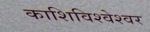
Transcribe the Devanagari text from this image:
काशिविश्वेश्वर